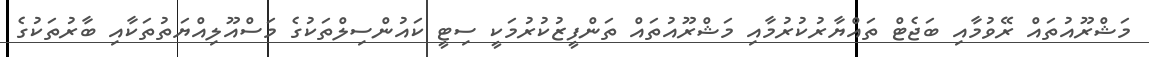
މަޝްރޫއުތައް ރޭވުމާއި ބަޖެޓް ތައްޔާރުކުރުމާއި މަޝްރޫއުތައް ތަންފީޒުކުރުމަކީ ސިޓީ ކައުންސިލްތަކުގެ މަސްއޫލިއްޔަތުތަކާއި ބާރުތަކުގެ